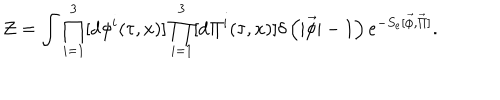
{ \cal Z } = \int \prod _ { i = 1 } ^ { 3 } [ \mathrm { d } { \phi } ^ { i } ( \tau , x ) ] \prod _ { i = 1 } ^ { 3 } [ \mathrm { d } { \Pi } ^ { i } ( \tau , x ) ] \delta \left( | \vec { \phi } | - 1 \right) e ^ { - S _ { e } [ \vec { \phi } , \vec { \Pi } ] } .